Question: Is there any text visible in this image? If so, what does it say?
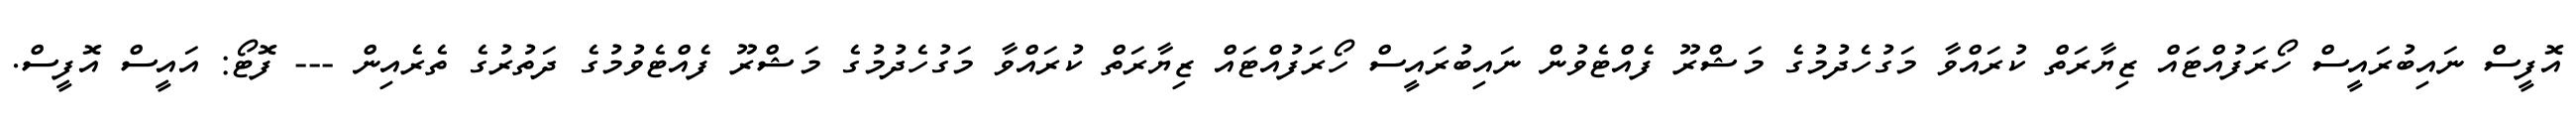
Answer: އޮފީސް ނައިބުރައީސް ހޯރަފުއްޓައް ޒިޔާރަތް ކުރައްވާ މަގުހެދުމުގެ މަޝްރޫ ފެއްޓެވުން ނައިބުރައީސް ހޯރަފުއްޓައް ޒިޔާރަތް ކުރައްވާ މަގުހެދުމުގެ މަޝްރޫ ފެއްޓެވުމުގެ ދަތުރުގެ ތެރެއިން --- ފޮޓޯ: އައީސް އޮފީސް.